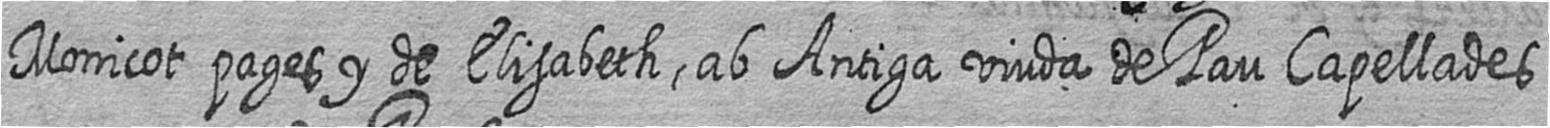
Monicot pages y de Elisabeth ab Antiga viuda de Pau Capellades